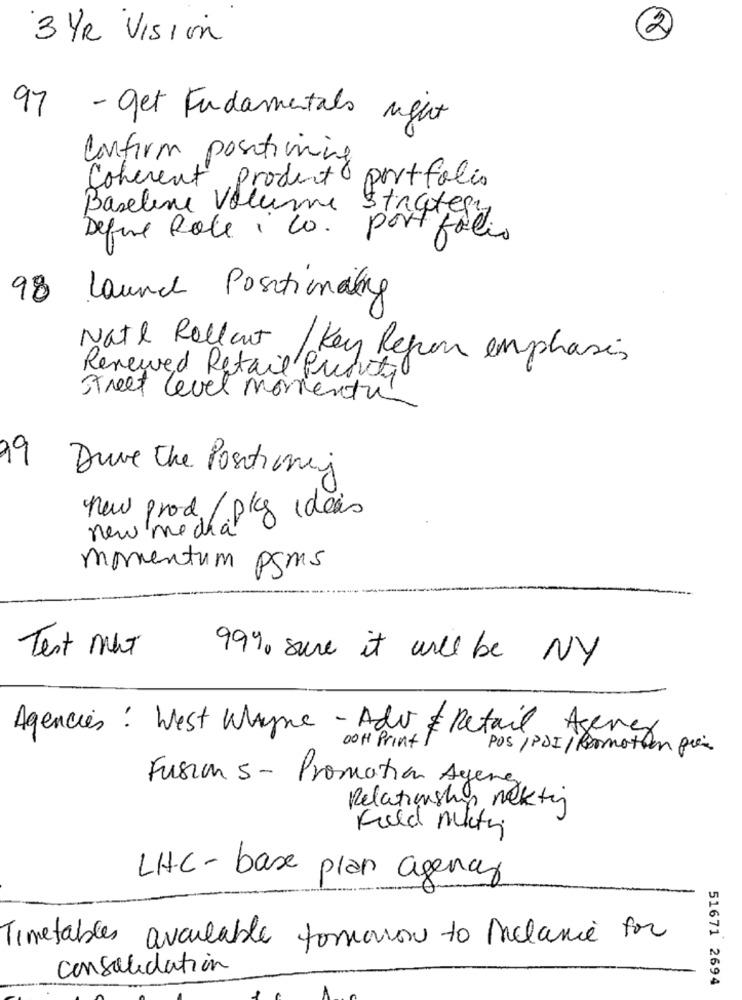
2
3 YR Vision
97 - get Fundamentals night
Confirm positioning
Coherent product portfolio
Baseline Volume Strategy
Define Role , Co. portfolio
98 Launch Positioning
Nate Rolleut / Key Repon emphasis
Renewed Retail Priority
Street level momentu
99
Duve the Positioning
new prod/ pkg ideas
new media
momentum pgms
Test mit
99% sure it will be NY
Agencies: West Wayne - Adv & Retail Agency
OOH Print !
POS /PDI/ Promotion più
Fusion 5 - Promotion Agene
Relationship mektig
Field muito
LHC - base plan agency
Timetables available tomorow to melanie for
consolidation
51671 2694